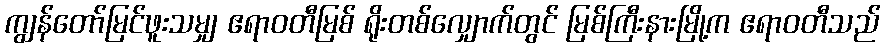
ကျွန်တော်မြင်ဖူးသမျှ ဧရာဝတီမြစ် ရိုးတစ်လျှောက်တွင် မြစ်ကြီးနားမြို့က ဧရာဝတီသည်